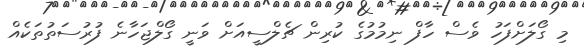
މި ގޯލަށްފަހު ވެސް ހާފް ނިމުމުގެ ކުރިން ޗެލްސީއަށް ވަނީ ގޯލްޖަހާނެ ފުރުސަތުތަކެއް